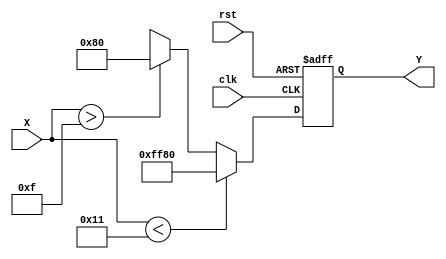
module atan_block (
    input wire signed [15:0] X,  // Input data in fixed-point format
    output reg signed [15:0] Y,   // Output data in fixed-point format
    input wire clk,                // Clock signal
    input wire rst                 // Reset signal
);

// Parameters
parameter LUT_SIZE = 256;       // Size of the LUT
parameter LUT_WIDTH = 15;       // Width of fixed-point representation
parameter LUT_DEPTH = 8;        // Depth for the LUT indexing
parameter LUT_MAX_VALUE = 15;   // Maximum input value for LUT (scaled)

// Lookup Table (example values for atan)
reg signed [LUT_WIDTH:0] atan_lut [0:LUT_SIZE-1];

// Initialize the Lookup Table with precomputed atan values
initial begin
    // Populate the LUT with atan values (in radians) for the range -LUT_MAX_VALUE to LUT_MAX_VALUE
    // You need to fill this with actual atan values scaled appropriately
    // For example:
    atan_lut[0] = -16'd128; // atan(-1.0) * scaling factor
    atan_lut[1] = -16'd64;  // atan(-0.5) * scaling factor
    // ...
    atan_lut[LUT_SIZE-1] = 16'd128; // atan(1.0) * scaling factor
end

// Internal signals
reg [LUT_DEPTH-1:0] lut_index;
reg signed [LUT_WIDTH:0] lut_value1, lut_value2;
reg signed [LUT_WIDTH:0] interpolated_value;
reg signed [LUT_WIDTH:0] delta; 
reg [LUT_DEPTH-1:0] index_high, index_low;

// Control logic
always @(posedge clk or posedge rst) begin
    if (rst) begin
        Y <= 0;
    end else begin
        // Normalize input value to fit LUT index
        if (X < -LUT_MAX_VALUE) begin
            Y <= -16'd128; // Minimum output value
        end else if (X > LUT_MAX_VALUE) begin
            Y <= 16'd128; // Maximum output value
        end else begin
            // Map input to LUT index
            lut_index = (X + LUT_MAX_VALUE) * (LUT_SIZE - 1) / (2 * LUT_MAX_VALUE);
            index_high = lut_index + 1;
            index_low = lut_index;

            // Lookup values from the LUT
            lut_value1 = atan_lut[index_low];
            lut_value2 = (index_high < LUT_SIZE) ? atan_lut[index_high] : lut_value1;

            // Perform linear interpolation
            delta = lut_value2 - lut_value1;
            interpolated_value = lut_value1 + ((X - (lut_index - LUT_MAX_VALUE)) * delta) / ((2 * LUT_MAX_VALUE) / (LUT_SIZE - 1));

            // Assign the result
            Y <= interpolated_value;
        end
    end
end

endmodule